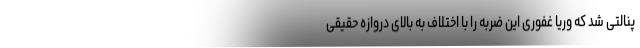
پنالتی شد که وریا غفوری این ضربه را با اختلاف به بالای دروازه حقیقی